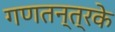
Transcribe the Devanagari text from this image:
गणतन्त्रके